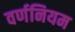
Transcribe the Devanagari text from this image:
वर्णनियम